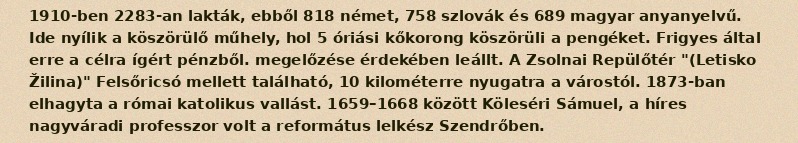
1910-ben 2283-an lakták, ebből 818 német, 758 szlovák és 689 magyar anyanyelvű. Ide nyílik a köszörülő műhely, hol 5 óriási kőkorong köszörüli a pengéket. Frigyes által erre a célra ígért pénzből. megelőzése érdekében leállt. A Zsolnai Repülőtér "(Letisko Žilina)" Felsőricsó mellett található, 10 kilométerre nyugatra a várostól. 1873-ban elhagyta a római katolikus vallást. 1659–1668 között Köleséri Sámuel, a híres nagyváradi professzor volt a református lelkész Szendrőben.